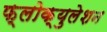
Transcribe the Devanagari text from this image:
फ्लोक्युलेशन